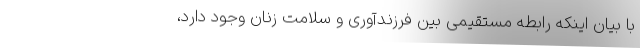
با بیان اینکه رابطه مستقیمی بین فرزندآوری و سلامت زنان وجود دارد،